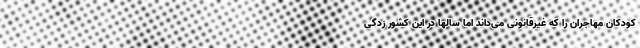
کودکان مهاجران را که غیرقانونی می‌داند اما سالها در این کشور زدگی